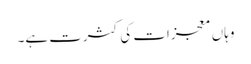
وہاں معجزات کی کثرت ہے۔